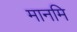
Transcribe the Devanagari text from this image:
मानमि